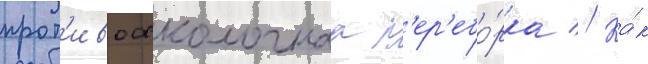
прот'ивоосколочнаа п'ер'ебо́рка // Ка́к